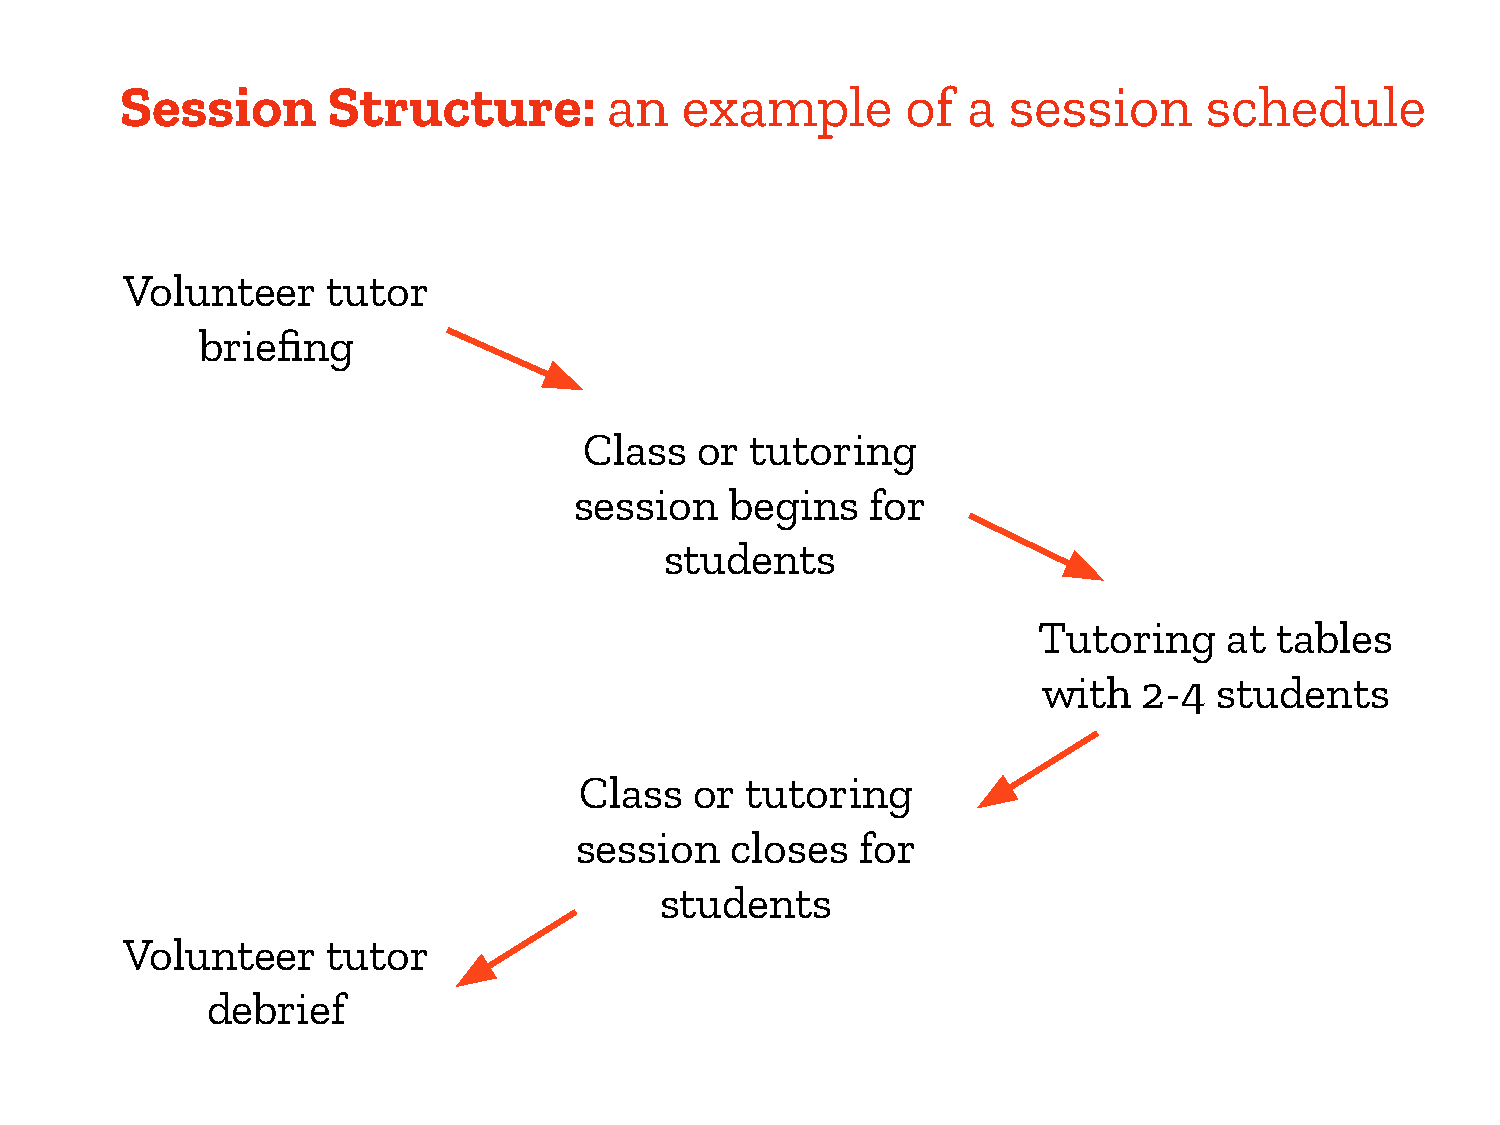
Session       Structure:        an   example        of  a  session      schedule
 Volunteer     tutor
 briefing
 Class  or  tutoring
 session   begins    for
 students
 Tutoring    at tables
 with   2-4  students
 Class   or tutoring
 session   closes   for
 students
 Volunteer     tutor
 debrief